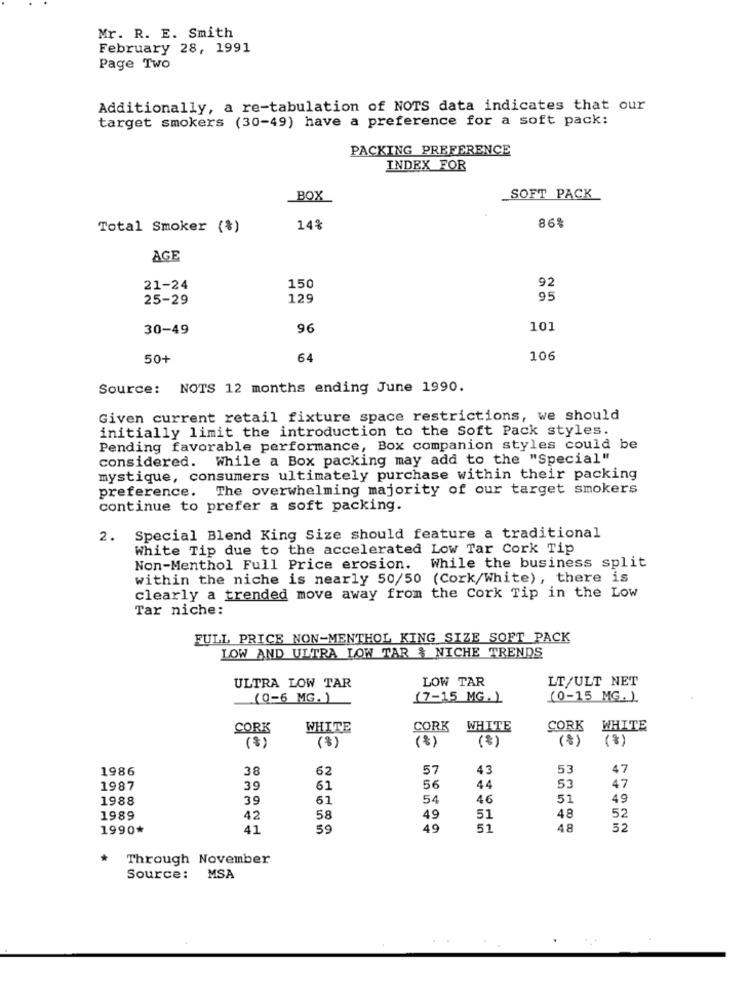
Mr. R. E. Smith
February 28, 1991
Page Two
Additionally, a re-tabulation of NOTS data indicates that our
target smokers (30-49) have a preference for a soft pack:
PACKING PREFERENCE
INDEX FOR
BOX
SOFT PACK
86%
Total Smoker (%)
14%
AGE
92
21-24
150
25-29
129
95
30-49
96
101
50+
64
106
Source: NOTS 12 months ending June 1990.
Given current retail fixture space restrictions, we should
initially limit the introduction to the Soft Pack styles.
Pending favorable performance, Box companion styles could be
considered. While a Box packing may add to the "Special"
mystique, consumers ultimately purchase within their packing
preference. The overwhelming majority of our target smokers
continue to prefer a soft packing.
2.
Special Blend King Size should feature a traditional
White Tip due to the accelerated Low Tar Cork Tip
Non-Menthol Full Price erosion. While the business split
within the niche is nearly 50/50 (Cork/White), there is
clearly a trended move away from the Cork Tip in the Low
Tar niche:
FULL PRICE NON-MENTHOL KING SIZE SOFT PACK
LOW AND ULTRA LOW TAR & NICHE TRENDS
LOW TAR
LT/ULT NET
ULTRA LOW TAR
(0-6 MG. )
(7-15 MG. )
(0-15 MG. ).
CORK
WHITE
CORK WHITE
CORK WHITE
(*)
(8)
(8)
(%)
de
(*)
1986
38
62
57
43
53
47
1987
39
61
56
44
53
47
1988
39
61
54
46
51
49
48
52
1989
42
58
49
51
1990*
41
59
AC
51
48
52
Through November
Source: MSA